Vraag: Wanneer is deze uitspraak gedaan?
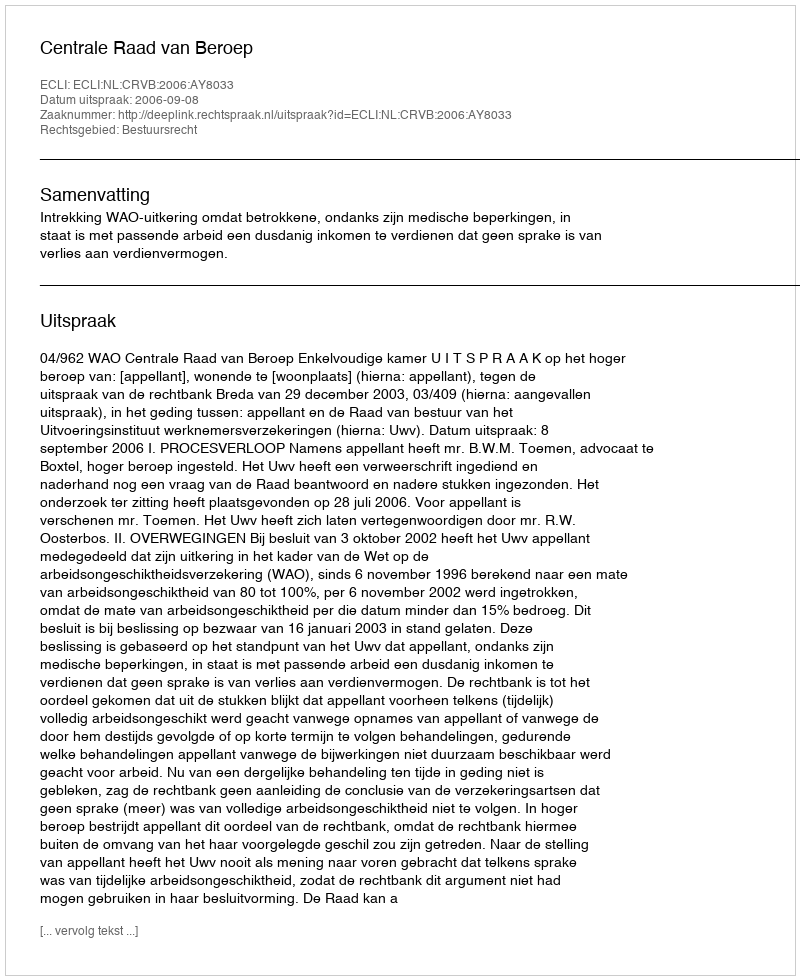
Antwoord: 2006-09-08